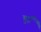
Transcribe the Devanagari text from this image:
हुर्इं